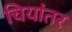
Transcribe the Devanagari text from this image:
चियांतर